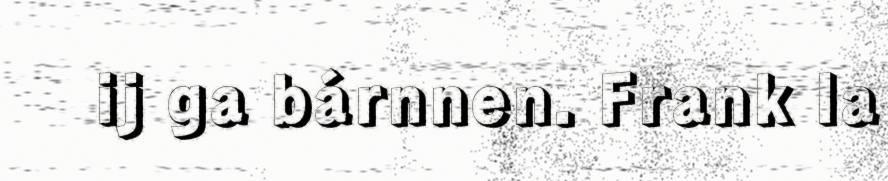
ij ga bárnnen. Frank la